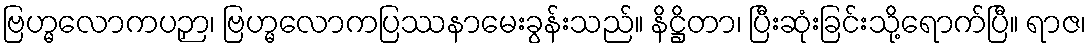
ဗြဟ္မလောကပဉှာ၊ ဗြဟ္မလောကပြဿနာမေးခွန်းသည်။ နိဋ္ဌိတာ၊ ပြီးဆုံးခြင်းသို့ရောက်ပြီ။ ရာဇ၊